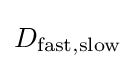
D_{\mathrm {fast,slow} }